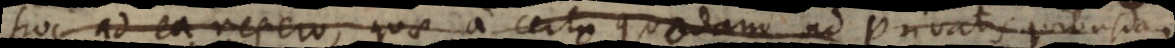
hoc ad ea refero, quae a certo quodam ad privatis quibusdam